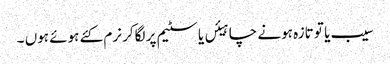
سیب یا تو تازہ ہونے چاہیئں یا سٹیم پر لگاکر نرم کئے ہوئے ہوں ۔